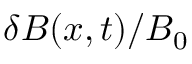
\delta B ( x , t ) / B _ { 0 }